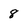
Character: 8